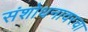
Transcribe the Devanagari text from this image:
संशोधनावरचा